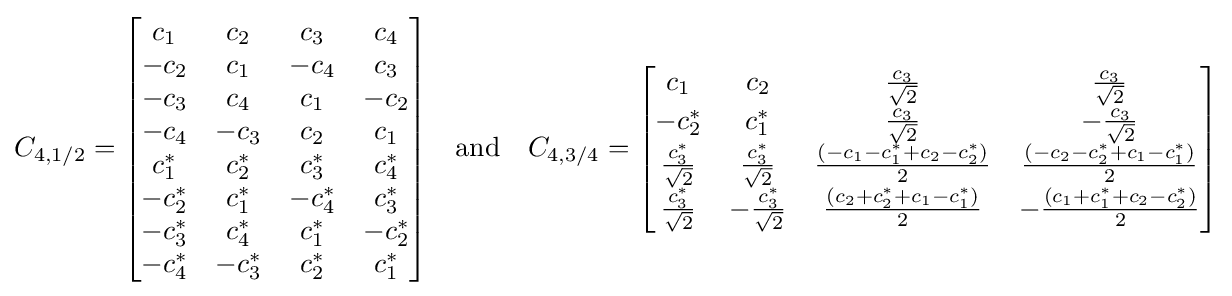
C_{4,1/2}={\begin{bmatrix}c_{1}&c_{2}&c_{3}&c_{4}\\-c_{2}&c_{1}&-c_{4}&c_{3}\\-c_{3}&c_{4}&c_{1}&-c_{2}\\-c_{4}&-c_{3}&c_{2}&c_{1}\\c_{1}^{*}&c_{2}^{*}&c_{3}^{*}&c_{4}^{*}\\-c_{2}^{*}&c_{1}^{*}&-c_{4}^{*}&c_{3}^{*}\\-c_{3}^{*}&c_{4}^{*}&c_{1}^{*}&-c_{2}^{*}\\-c_{4}^{*}&-c_{3}^{*}&c_{2}^{*}&c_{1}^{*}\end{bmatrix}}\quad {\text{and}}\quad {}C_{4,3/4}={\begin{bmatrix}c_{1}&c_{2}&{\frac {c_{3}}{\sqrt {2}}}&{\frac {c_{3}}{\sqrt {2}}}\\-c_{2}^{*}&c_{1}^{*}&{\frac {c_{3}}{\sqrt {2}}}&-{\frac {c_{3}}{\sqrt {2}}}\\{\frac {c_{3}^{*}}{\sqrt {2}}}&{\frac {c_{3}^{*}}{\sqrt {2}}}&{\frac {\left(-c_{1}-c_{1}^{*}+c_{2}-c_{2}^{*}\right)}{2}}&{\frac {\left(-c_{2}-c_{2}^{*}+c_{1}-c_{1}^{*}\right)}{2}}\\{\frac {c_{3}^{*}}{\sqrt {2}}}&-{\frac {c_{3}^{*}}{\sqrt {2}}}&{\frac {\left(c_{2}+c_{2}^{*}+c_{1}-c_{1}^{*}\right)}{2}}&-{\frac {\left(c_{1}+c_{1}^{*}+c_{2}-c_{2}^{*}\right)}{2}}\end{bmatrix}}